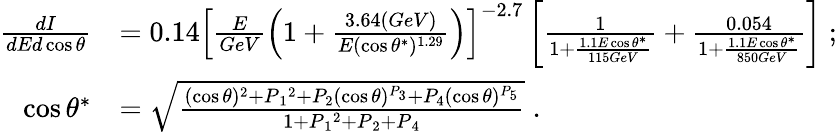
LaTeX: \begin{array}{rl}{\frac{dI}{dEd\cos{\theta}}}&{=0.14\left[\frac{E}{GeV}\left(1+\frac{3.64(GeV)}{E(\cos\theta^{\ast})^{1.29}}\right)\right]^{-2.7}\left[\frac{1}{1+\frac{1.1E\cos\theta^{\ast}}{115GeV}}+\frac{0.054}{1+\frac{1.1E\cos\theta^{\ast}}{850GeV}}\right]\; ;}\\ {\cos\theta^{\ast}}&{=\sqrt{\frac{(\cos\theta)^{2}+P{_1}^{2}+P_{2}(\cos\theta)^{P_{3}}+P_{4}(\cos\theta)^{P_{5}}}{1+P{_1}^{2}+P{_2}+P{_4}}}\; .}\end{array}